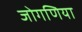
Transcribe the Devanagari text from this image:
जोगणिया